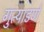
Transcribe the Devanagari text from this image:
गुत्याडणे